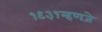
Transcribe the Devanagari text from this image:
१९३१म्हणजे